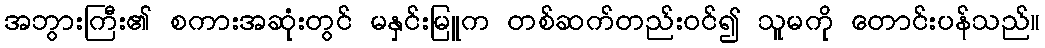
အဘွားကြီး၏ စကားအဆုံးတွင် မနှင်းမြူက တစ်ဆက်တည်းဝင်၍ သူမကို တောင်းပန်သည်။